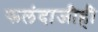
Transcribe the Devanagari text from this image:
फलंदाजीही